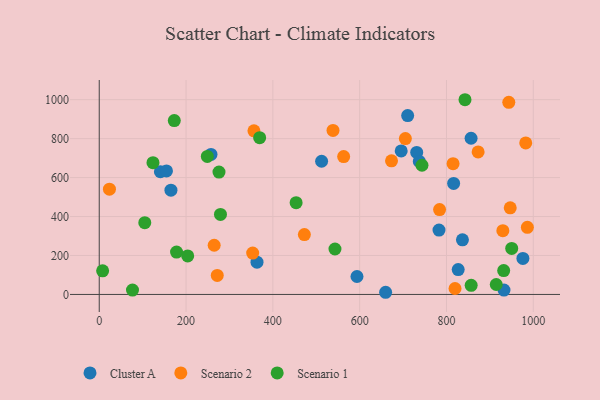
{"axis": {"x": "Distance", "y": "Yield"}, "legend": ["Cluster A", "Scenario 1", "Scenario 2"], "data": [{"x": "782.8", "y": 330.2, "type": "Cluster A"}, {"x": "659.8", "y": 11.1, "type": "Cluster A"}, {"x": "257.5", "y": 718.9, "type": "Cluster A"}, {"x": "976.1", "y": 184.9, "type": "Cluster A"}, {"x": "816.5", "y": 569.8, "type": "Cluster A"}, {"x": "363.5", "y": 165.7, "type": "Cluster A"}, {"x": "836.8", "y": 280.3, "type": "Cluster A"}, {"x": "827.0", "y": 127.4, "type": "Cluster A"}, {"x": "165.2", "y": 535.1, "type": "Cluster A"}, {"x": "856.7", "y": 801.9, "type": "Cluster A"}, {"x": "731.4", "y": 728.9, "type": "Cluster A"}, {"x": "512.3", "y": 683.9, "type": "Cluster A"}, {"x": "737.4", "y": 682.9, "type": "Cluster A"}, {"x": "695.7", "y": 736.6, "type": "Cluster A"}, {"x": "593.8", "y": 92.0, "type": "Cluster A"}, {"x": "140.9", "y": 630.3, "type": "Cluster A"}, {"x": "710.6", "y": 918.2, "type": "Cluster A"}, {"x": "154.9", "y": 633.9, "type": "Cluster A"}, {"x": "932.5", "y": 22.2, "type": "Cluster A"}, {"x": "982.6", "y": 777.9, "type": "Scenario 2"}, {"x": "986.4", "y": 344.4, "type": "Scenario 2"}, {"x": "264.8", "y": 252.5, "type": "Scenario 2"}, {"x": "946.9", "y": 444.7, "type": "Scenario 2"}, {"x": "815.2", "y": 671.2, "type": "Scenario 2"}, {"x": "705.3", "y": 800.2, "type": "Scenario 2"}, {"x": "563.1", "y": 708.0, "type": "Scenario 2"}, {"x": "872.9", "y": 731.6, "type": "Scenario 2"}, {"x": "929.9", "y": 327.6, "type": "Scenario 2"}, {"x": "23.5", "y": 540.6, "type": "Scenario 2"}, {"x": "784.1", "y": 435.8, "type": "Scenario 2"}, {"x": "271.9", "y": 97.4, "type": "Scenario 2"}, {"x": "943.6", "y": 986.3, "type": "Scenario 2"}, {"x": "819.7", "y": 30.6, "type": "Scenario 2"}, {"x": "673.4", "y": 686.2, "type": "Scenario 2"}, {"x": "538.6", "y": 842.0, "type": "Scenario 2"}, {"x": "356.4", "y": 840.2, "type": "Scenario 2"}, {"x": "472.6", "y": 307.2, "type": "Scenario 2"}, {"x": "353.5", "y": 212.2, "type": "Scenario 2"}, {"x": "743.6", "y": 663.3, "type": "Scenario 1"}, {"x": "7.8", "y": 121.0, "type": "Scenario 1"}, {"x": "453.6", "y": 471.2, "type": "Scenario 1"}, {"x": "950.3", "y": 236.1, "type": "Scenario 1"}, {"x": "369.6", "y": 805.1, "type": "Scenario 1"}, {"x": "543.1", "y": 233.2, "type": "Scenario 1"}, {"x": "842.7", "y": 999.7, "type": "Scenario 1"}, {"x": "172.9", "y": 892.7, "type": "Scenario 1"}, {"x": "856.9", "y": 46.8, "type": "Scenario 1"}, {"x": "275.9", "y": 628.0, "type": "Scenario 1"}, {"x": "178.1", "y": 217.4, "type": "Scenario 1"}, {"x": "203.8", "y": 197.8, "type": "Scenario 1"}, {"x": "249.0", "y": 708.7, "type": "Scenario 1"}, {"x": "914.7", "y": 50.9, "type": "Scenario 1"}, {"x": "931.8", "y": 122.5, "type": "Scenario 1"}, {"x": "123.8", "y": 676.7, "type": "Scenario 1"}, {"x": "279.3", "y": 410.6, "type": "Scenario 1"}, {"x": "104.9", "y": 368.2, "type": "Scenario 1"}, {"x": "76.6", "y": 22.2, "type": "Scenario 1"}]}